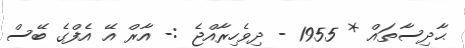
ޙާދިސާތައް * 1955 - ދިވެހިރާއްޖެ :- އާރް އޭ އެފްގެ ބޭސް